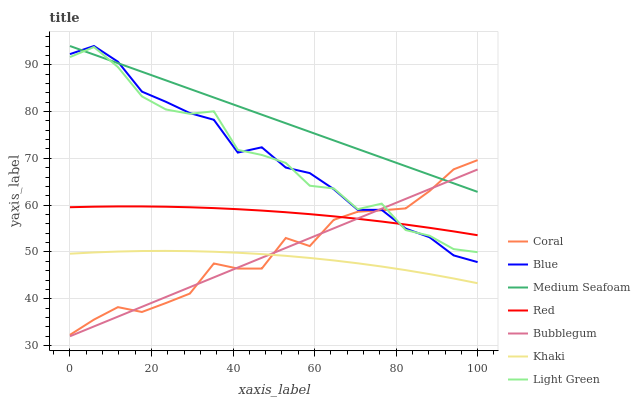
| xaxis_label | Coral | Blue | Medium Seafoam | Red | Bubblegum | Khaki | Light Green |
 | --- | --- | --- | --- | --- | --- | --- | --- |
 | 0 | 32.3 | 92.3 | 94 | 59.6 | 32 | 49.6 | 91.6 |
 | 5.88 | 35.6 | 94 | 92.2 | 59.7 | 34.1 | 49.9 | 93.8 |
 | 11.8 | 38.2 | 90.6 | 90.3 | 59.7 | 36.2 | 50.1 | 89.5 |
 | 17.6 | 37.2 | 84.3 | 88.5 | 59.7 | 38.3 | 50.2 | 83.2 |
 | 23.5 | 39.1 | 82.1 | 86.7 | 59.7 | 40.4 | 50.2 | 80.4 |
 | 29.4 | 41.1 | 79.7 | 84.8 | 59.6 | 42.5 | 50.2 | 79.5 |
 | 35.3 | 47.5 | 78.2 | 83 | 59.4 | 44.6 | 50.1 | 80.1 |
 | 41.2 | 46.5 | 71.2 | 81.2 | 59.1 | 46.7 | 49.8 | 71.8 |
 | 47.1 | 46.5 | 72.4 | 79.3 | 58.8 | 48.8 | 49.5 | 70.7 |
 | 52.9 | 53 | 68 | 77.5 | 58.5 | 50.9 | 49.2 | 69 |
 | 58.8 | 51.3 | 66.9 | 75.7 | 58.1 | 53 | 48.7 | 64.2 |
 | 64.7 | 56.9 | 63.4 | 73.8 | 57.6 | 55.1 | 48.2 | 63.6 |
 | 70.6 | 58.6 | 59 | 72 | 57.1 | 57.2 | 47.6 | 59.1 |
 | 76.5 | 58.9 | 59 | 70.2 | 56.5 | 59.2 | 46.9 | 60.3 |
 | 82.4 | 59.3 | 55 | 68.3 | 55.9 | 61.3 | 46.1 | 54.7 |
 | 88.2 | 63 | 53.1 | 66.5 | 55.2 | 63.4 | 45.3 | 53.5 |
 | 94.1 | 67.7 | 49.3 | 64.7 | 54.4 | 65.5 | 44.3 | 50.6 |
 | 100 | 69.6 | 47.8 | 62.8 | 53.6 | 67.6 | 43.3 | 50 |